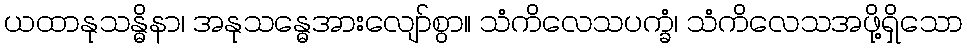
ယထာနုသန္ဓိနာ၊ အနုသန္ဓေအားလျော်စွာ။ သံကိလေသပက္ခံ၊ သံကိလေသအဖို့ရှိသော